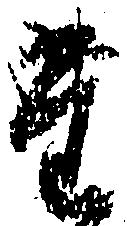
た